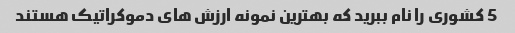
5 کشوری را نام ببرید که بهترین نمونه ارزش های دموکراتیک هستند